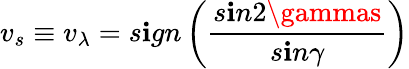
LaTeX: {v}_{s}\equiv{v}_{\lambda}=s\mathbf{i}gn\left(\frac{{s\mathbf{i}n2\gammas}}{{s\mathbf{i}n\gamma}}\right)